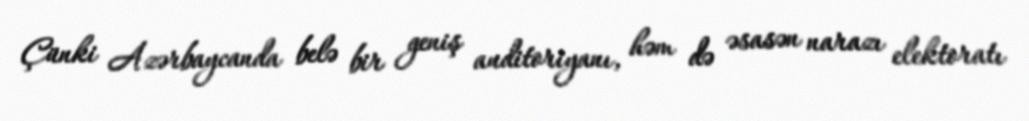
Çünki Azərbaycanda belə bir geniş auditoriyanı, həm də əsasən narazı elektoratı